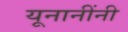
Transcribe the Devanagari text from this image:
यूनानींनी